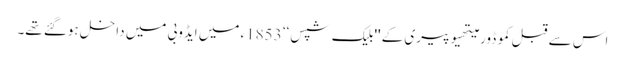
اس سے قبل کموڈور میتھیو پیری کے ''بلیک شپس‘‘ 1853ء میں ایڈوبی میں داخل ہوگئے تھے۔